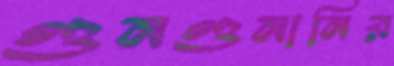
গুনগুনানির